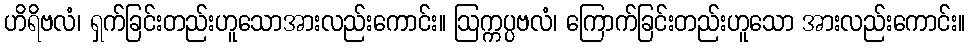
ဟိရိဗလံ၊ ရှက်ခြင်းတည်းဟူသောအားလည်းကောင်း။ ဩက္ကပ္ပဗလံ၊ ကြောက်ခြင်းတည်းဟူသော အားလည်းကောင်း။